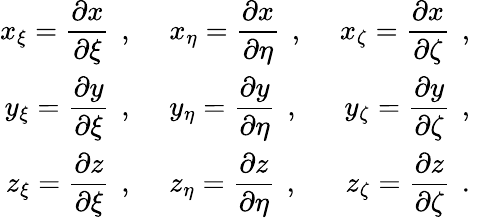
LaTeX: \begin{array}{rlr}{\displaystyle{x_{\xi}=\frac{\partial x}{\partial\xi}\, \mathrm{~,~}}}&{{}\displaystyle{x_{\eta}=\frac{\partial x}{\partial\eta}\, \mathrm{~,~}}}&{\displaystyle{x_{\zeta}=\frac{\partial x}{\partial\zeta}\, \mathrm{~,~}}}\\ {\displaystyle{y_{\xi}=\frac{\partial y}{\partial\xi}\, \mathrm{~,~}}}&{{}\displaystyle{y_{\eta}=\frac{\partial y}{\partial\eta}\, \mathrm{~,~}}}&{\displaystyle{y_{\zeta}=\frac{\partial y}{\partial\zeta}\, \mathrm{~,~}}}\\ {\displaystyle{z_{\xi}=\frac{\partial z}{\partial\xi}\, \mathrm{~,~}}}&{{}\displaystyle{z_{\eta}=\frac{\partial z}{\partial\eta}\, \mathrm{~,~}}}&{\displaystyle{z_{\zeta}=\frac{\partial z}{\partial\zeta}\, \mathrm{~.~}}}\end{array}